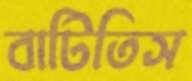
বাটিতিস